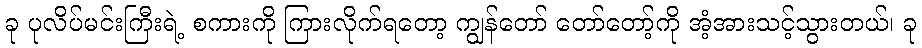
ခု ပုလိပ်မင်းကြီးရဲ့ စကားကို ကြားလိုက်ရတော့ ကျွန်တော် တော်တော့်ကို အံ့အားသင့်သွားတယ်၊ ခု